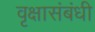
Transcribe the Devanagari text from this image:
वृक्षासंबंधी